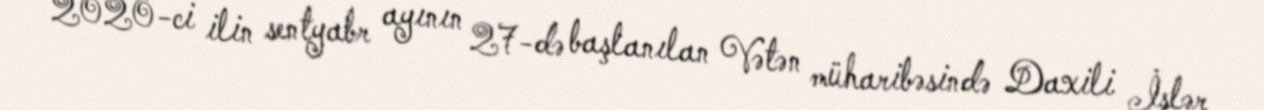
2020-ci ilin sentyabr ayının 27-də başlanılan Vətən müharibəsində Daxili İşlər